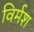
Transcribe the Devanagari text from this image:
विर्मश